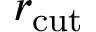
r _ { \mathrm { c u t } }